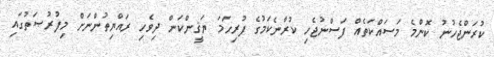
ކުރަންޖެހުނު ކޮންމެ މަސައްކަތެއް ފަސްނުޖެހި ކުރާނެކަމުގެ ފުރިހަމަ ޔަޤީންކަން ދިވެހި ރައްޔިތުންނަށް މިފުރުޞަތުގައި